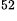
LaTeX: ^\textrm{\scriptsize 52}